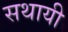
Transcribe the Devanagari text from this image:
सथायी